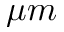
\mu m